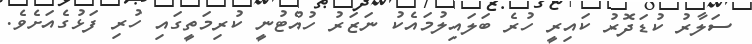
ސަލާރު ކުޑަދޮރު ކައިރީ ހުރެ ބަލައިލުމައެކު ނަޒަރު ހުއްޓުނީ ކުރިމަތީގައި ހުރި ފަޅުގެއަށެވެ.